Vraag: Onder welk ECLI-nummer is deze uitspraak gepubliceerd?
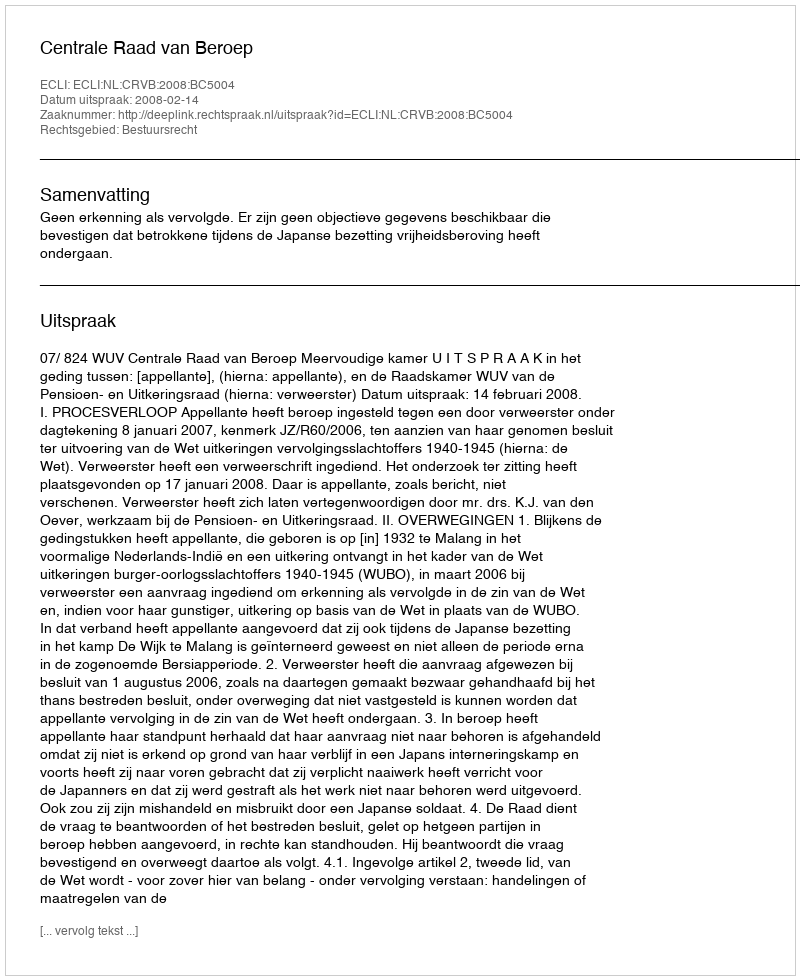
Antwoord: ECLI:NL:CRVB:2008:BC5004